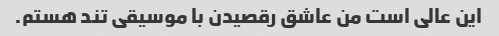
این عالی است من عاشق رقصیدن با موسیقی تند هستم.